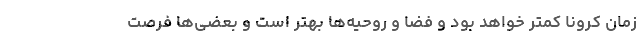
زمان کرونا کمتر خواهد بود و فضا و روحیه‌ها بهتر است و بعضی‌ها فرصت